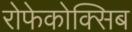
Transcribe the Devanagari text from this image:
रोफेकोक्सिब